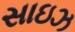
સાઇઝ